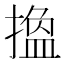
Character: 𢳷